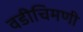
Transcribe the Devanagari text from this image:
वडीचिमणी